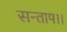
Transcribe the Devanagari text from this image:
सन्‍ताप।।